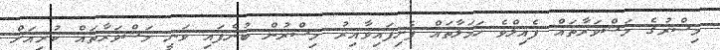
މިސްރުގެ މަޝްވަރާތައް ފެއިލްވެ ހަމަލާތައް ފެށިފައިވާއިރު މިސްރުން ބުނެފައި ވަނީ މަޝްވަރާތައް ކުރިއަށް